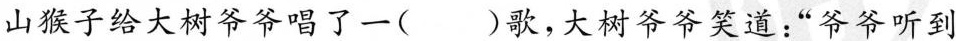
山猴子给大树爷爷唱了一( )歌，大树爷爷笑道：“爷爷听到